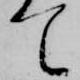
て